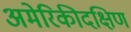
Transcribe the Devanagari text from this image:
अमेरिकीदक्षिण